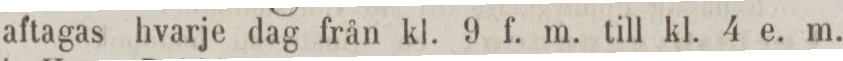
aftagas hvarje dag från kl. 9 f. m. till kl. 4 e. m.